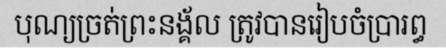
បុណ្យច្រត់ព្រះនង្គ័ល ត្រូវបានរៀបចំប្រារព្ធ